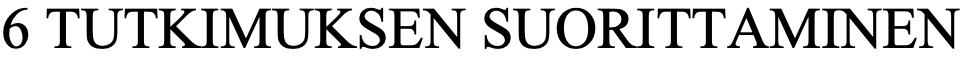
6 TUTKIMUKSEN   SUORITTAMINEN